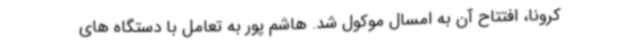
کرونا، افتتاح آن به امسال موکول شد. هاشم پور به تعامل با دستگاه های